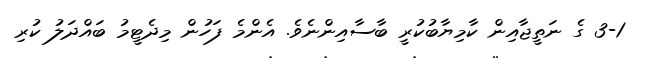
3-1 ގެ ނަތީޖާއިން ކާމިޔާބުކުރީ ބާސާއިންނެވެ. އެންމެ ފަހުން މިދެޓީމު ބައްދަލު ކުރި